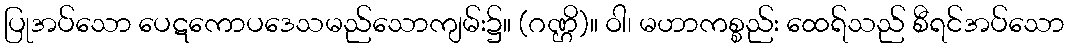
ပြုအပ်သော ပေဋကောပဒေသမည်သောကျမ်း၌။ (ဂဏ္ဌိ)။ ဝါ၊ မဟာကစ္စည်း ထေရ်သည် စီရင်အပ်သော